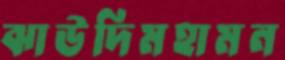
ঝাউদিমহামন